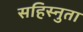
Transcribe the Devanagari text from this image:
सहिस्नुता